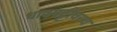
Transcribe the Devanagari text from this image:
धावपट्टीवरच